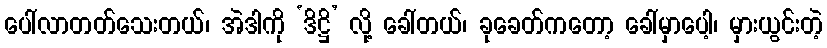
ပေါ်လာတတ်သေးတယ်၊ အဲဒါကို ‘ဒိဋ္ဌိ’ လို့ ခေါ်တယ်၊ ခုခေတ်ကတော့ ခေါ်မှာပေါ့၊ မှားယွင်းတဲ့